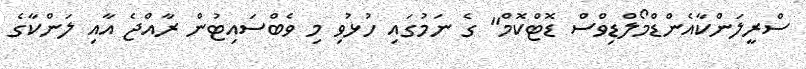
ސްރީލަންކާއެންޑްމޯލްޑިވްސް ޑޮޓްކޮމް" ގެ ނަމުގައި ހުޅުވި މި ވެބްސައިޓުން ރާއްޖެ އާއި ލަންކާގެ